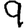
Digit: 9